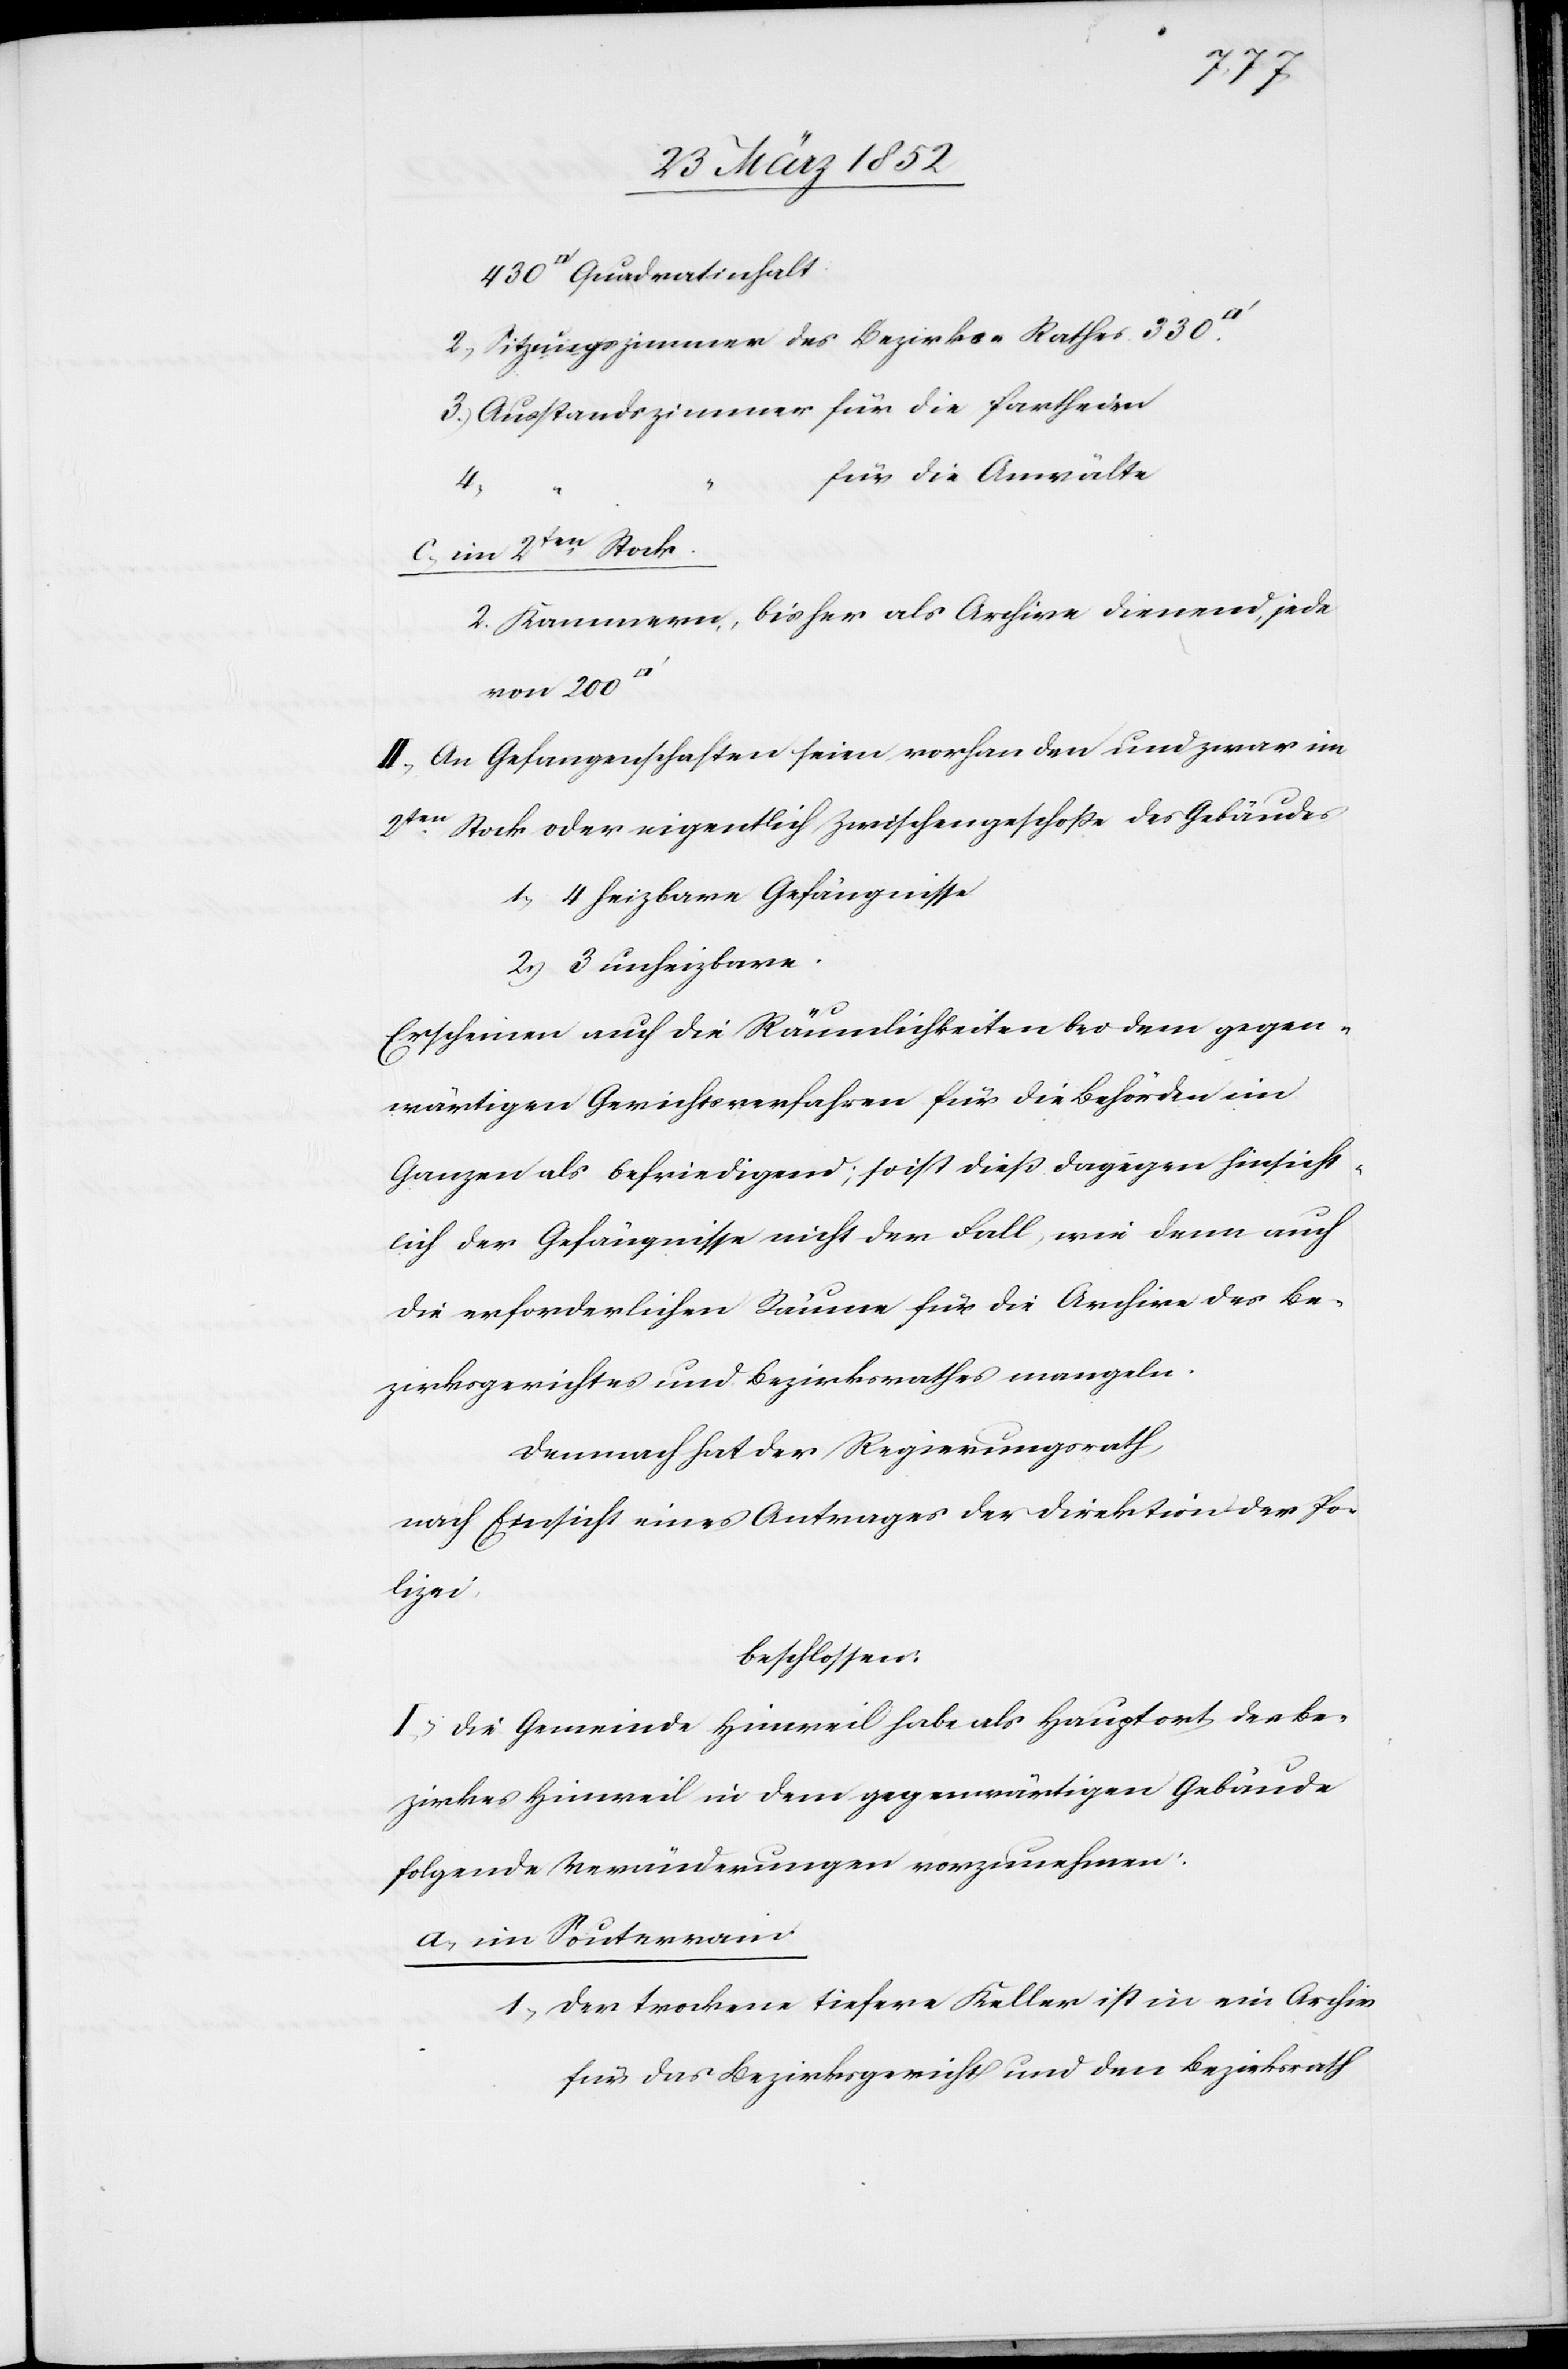
430
Quadratinhalt.
2) Sitzungszimmer des Bezirkes Rathes 330
3) Ausstandszimmer für die Partheien
für die Anwälte
Stock.
c) im 2ten
2. Kammern, bisher als Archive dienend, jede
von 200
II. An Gefangenschaften seien vorhanden und zwar im
2ten Stock oder eigentlich Zwischengeschoße des Gebäudes
1) 4 heizbare Gefängnisse
2) 3 unheizbare.
Erscheinen auch die Räumlichkeiten bei dem gegen¬
wärtigen Gerichtsverfahren für die Behörden im
Ganzen als befriedigend; so ist dieß dagegen hinsicht¬
lich der Gefängnisse nicht der Fall, wie denn auch
die erforderlichen Räume für die Archive des Be¬
zirksgerichtes und Bezirksrathes mangeln.
Demnach hat der Regierungsrath,
nach Einsicht eines Antrages der Direktion der Po¬
lizei,
beschlossen:
I. Die Gemeinde Hinweil habe als Hauptort des Be¬
zirkes Hinweil in dem gegenwärtigen Gebäude
folgende Veränderungen vorzunehmen:
a. im Souterrain
1) Der trockene tiefere Keller ist in ein Archiv
für das Bezirksgericht und den Bezirksrath